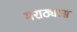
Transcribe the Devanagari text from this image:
मराठ्यास